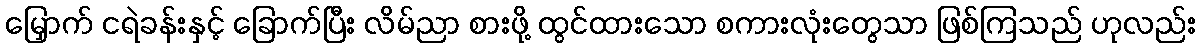
မြှောက် ငရဲခန်းနှင့် ခြောက်ပြီး လိမ်ညာ စားဖို့ ထွင်ထားသော စကားလုံးတွေသာ ဖြစ်ကြသည် ဟုလည်း